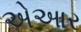
એઆર